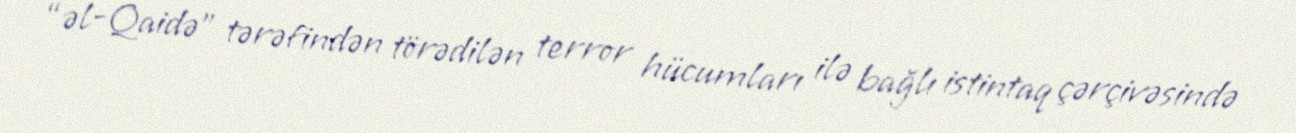
“əl-Qaidə” tərəfindən törədilən terror hücumları ilə bağlı istintaq çərçivəsində